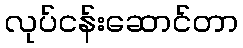
လုပ်ငန်းဆောင်တာ